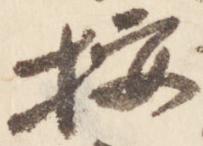
按